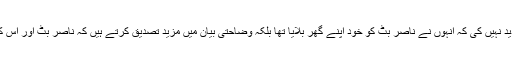
جج صاحب نے مریم نواز صاحبہ کے اس دعوے کی تردید نہیں کی کہ انہوں نے ناصر بٹ کو خود اپنے گھر بلایا تھا بلکہ وضاحتی بیان میں مزید تصدیق کرتے ہیں کہ ناصر بٹ اور اس کا بھائی عبداللہ بٹ ان سے بے شمار مرتبہ مل چکے ہیں۔